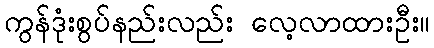
ကွန်ဒုံးစွပ်နည်းလည်း လေ့လာထားဦး။